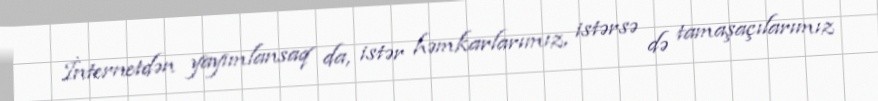
İnternetdən yayımlansaq da, istər həmkarlarımız, istərsə də tamaşaçılarımız